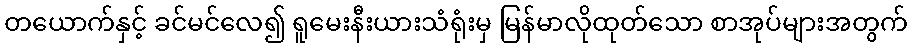
တယောက်နှင့် ခင်မင်လေ၍ ရူမေးနီးယားသံရုံးမှ မြန်မာလိုထုတ်သော စာအုပ်များအတွက်